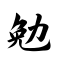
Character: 勉